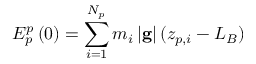
E _ { p } ^ { p } \left( 0 \right) = \sum _ { i = 1 } ^ { N _ { p } } m _ { i } \left| \mathbf { g } \right| ( z _ { p , i } - L _ { B } )